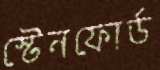
স্টেনফোর্ড